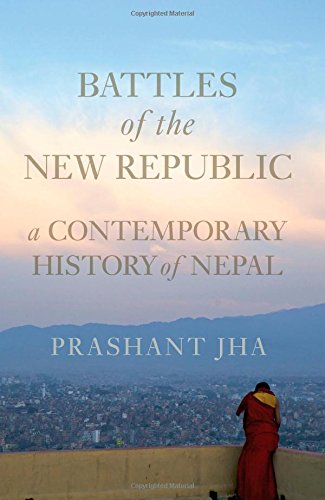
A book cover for Battles of the New Republic: A Contemporary History of Nepal; Prashant Jha; History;